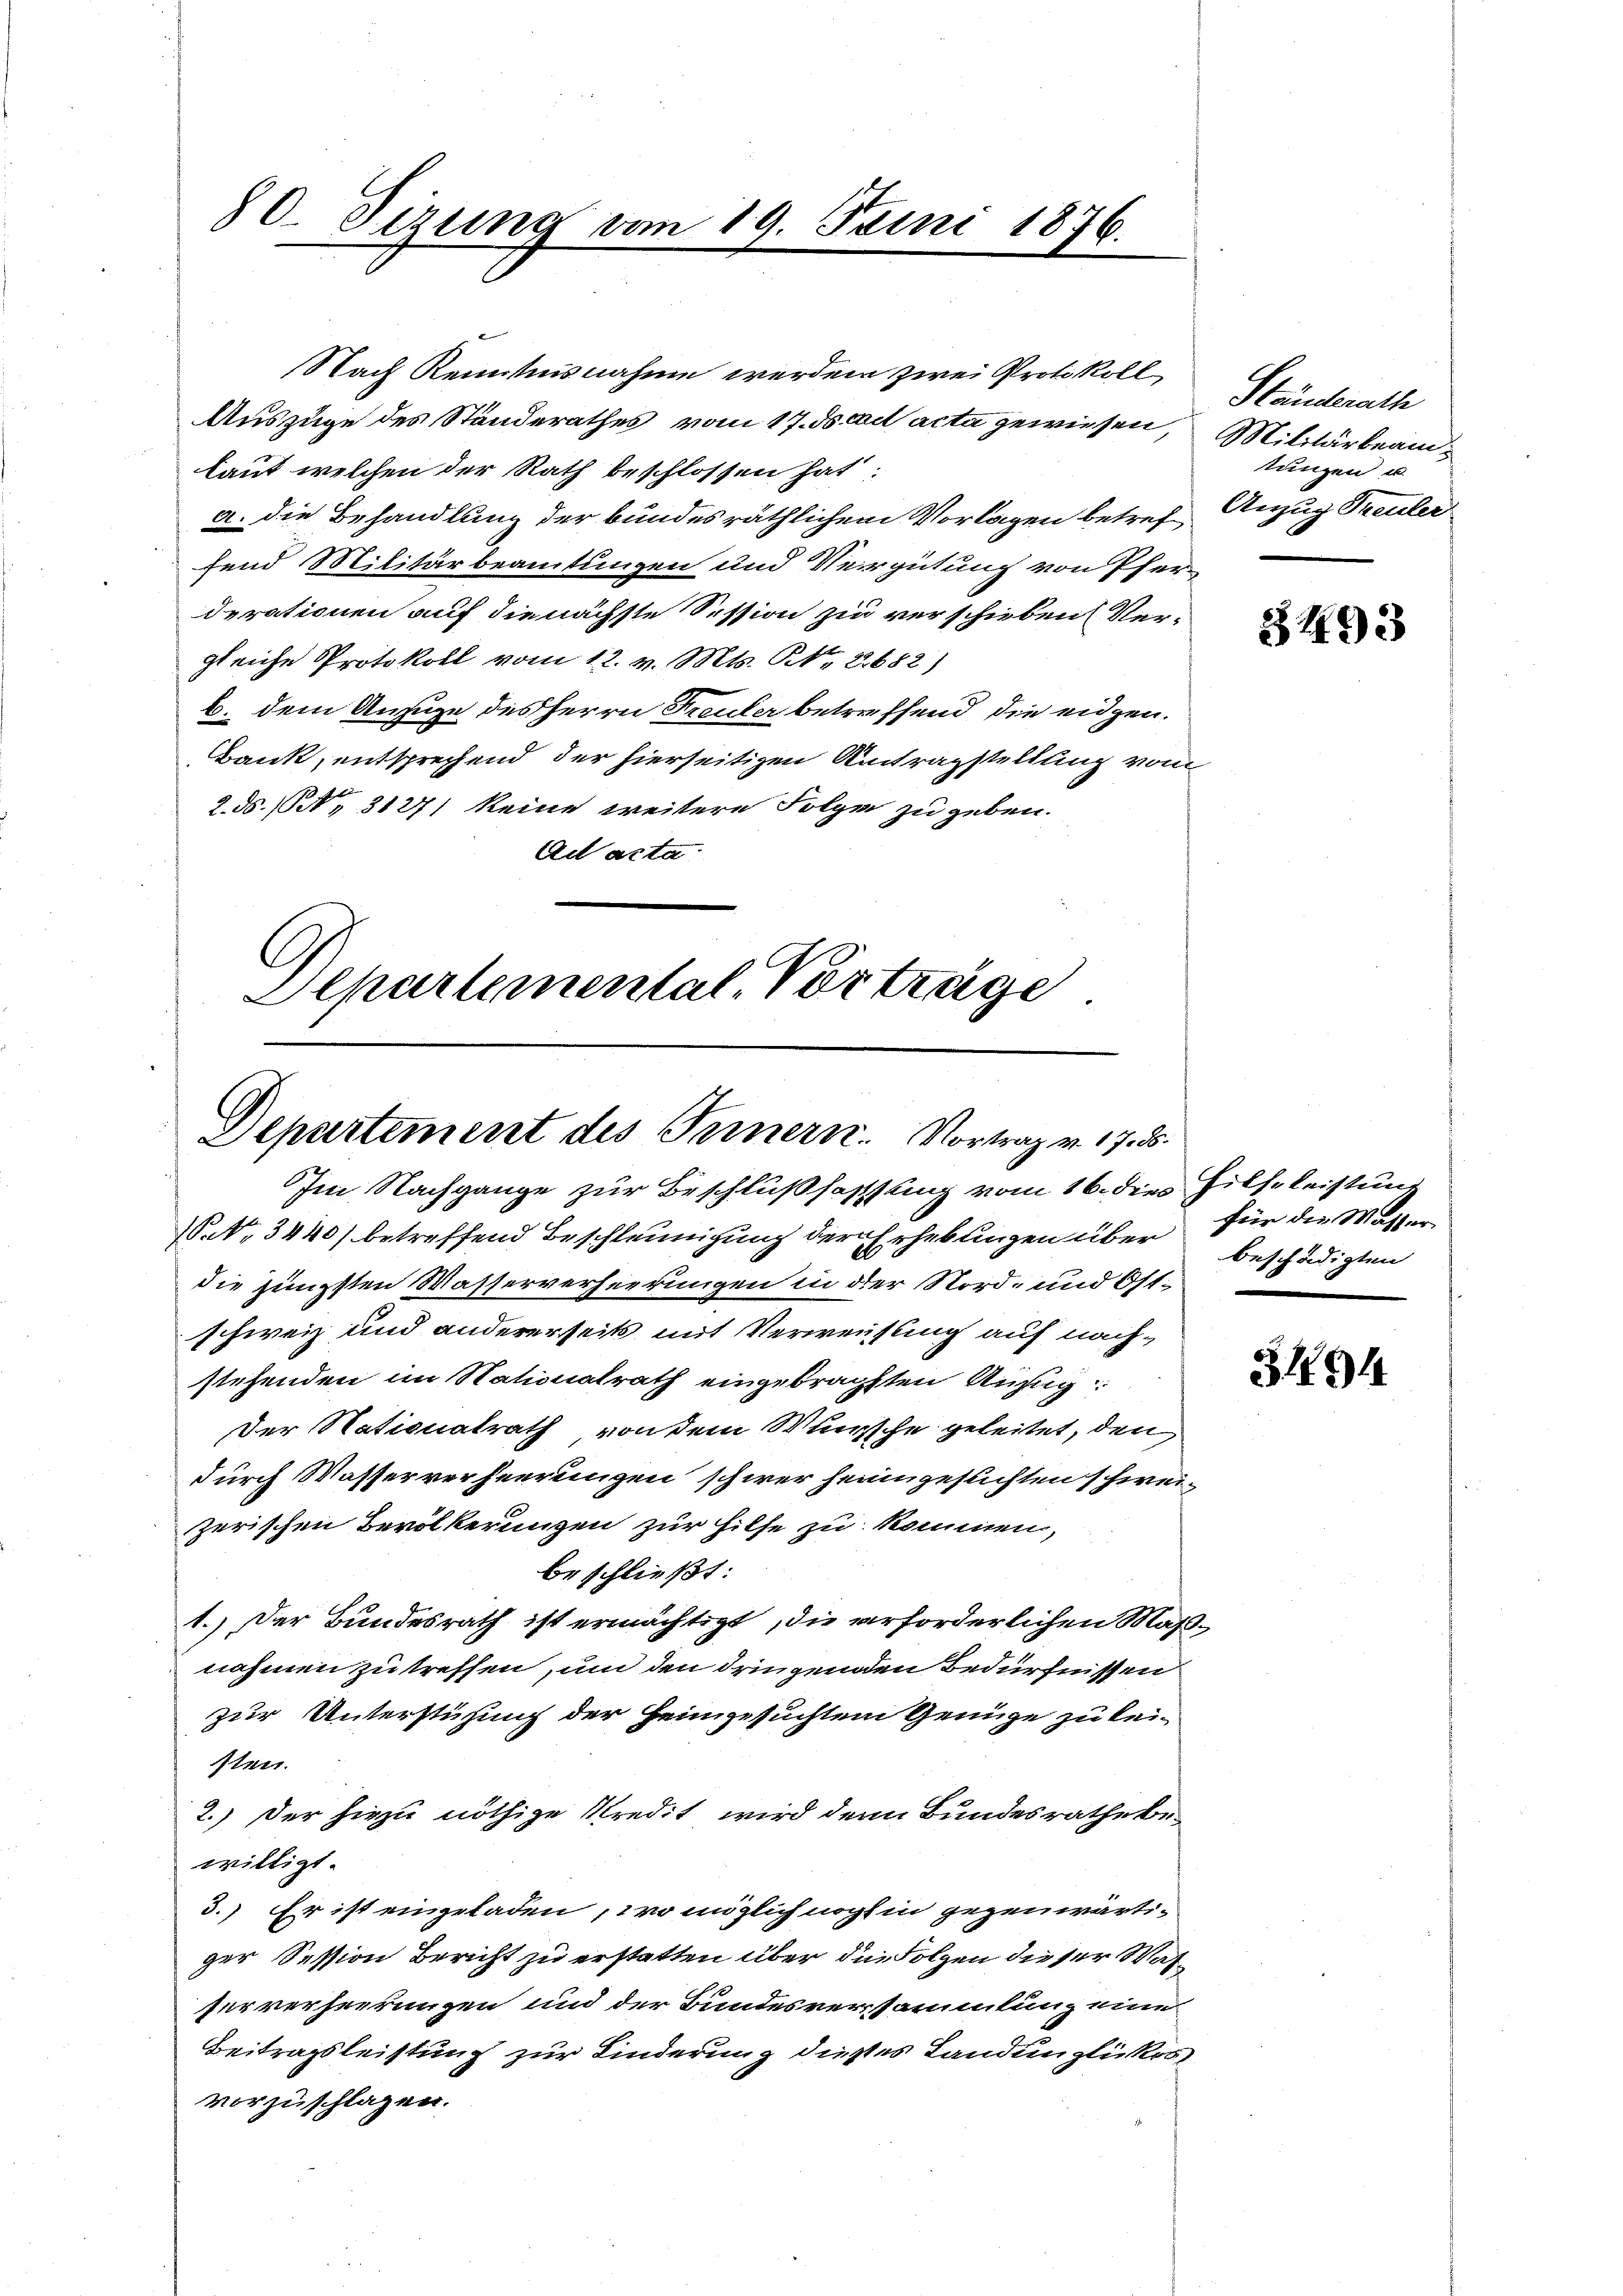
80. Sizung vom 19. Juni 1876.

Nach Kenntnisnahme werden zwei Protokoll
Auszüge des Standerathes vom 17. dscad acta gewiesen,
laut welchen der Rath beschlossen hat:
a. die Behandlung der bundesräthlichen Vorlagen betref
fend Militärbeamtungen und Vergütung von Pfer-
derationen auf die nächste Session zu verschieben (Vergleiche Protokoll vom 12. v. Mts. N. 2. 682)
b. dem Anzuge des Herrn Freuler betreffend die eidgen.
Bank, entsprechend der hierseitigen Antragstellung vom
2. ds. 1. 3127/ keine weitere Folge zu geben.
Ad acta
.
Departemental. Vorträge

Departement des Ternern. Vortrag v. 17. ds.
Im Nachgange zur Beschlußfassung vom 16. dies Hilfe leistung

P.. 3440) betreffend Beschleunigung der Erhebungen über für die Massen
die jüngsten Wasserverheerungen in der Nord- und Ostschweiz und andererseits mit Verweisung auf nachstehenden im Nationalrath eingebrachten Aufg
Der Nationalrath von dem Wunsche geleitet, den
durch Wasserverheerungen schwer heimgesuchten schweizerischen Bevölkerungen zur Hilfe zu kommen,
beschließt:
1.) Der Bundesrath ist ermächtigt, die verforderlichen Maßnahmen zu treffen, um den dringenen Bedürfnissen
zur Unterstüzung der Heimgesuchten Genüge zu keisten.
2.) Der hiezu nöthige Kredit wird denn Bundesrathe be-
willigt.
3.) Er ist eingeladen, wo möglich noch in gegenwärtiger Session Bericht zu erstatten über die Folgen dieser Wasserverheerungen und der Bundesversammlung eine
Beitragsleistung zur Linderung dieses Landunglückes
vorzuschlagen.

Ständerathe
Militärbeamtungen u.
Anzug Treuler

3493

beschädigten

3194